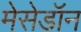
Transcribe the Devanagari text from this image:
मेसेडॉन